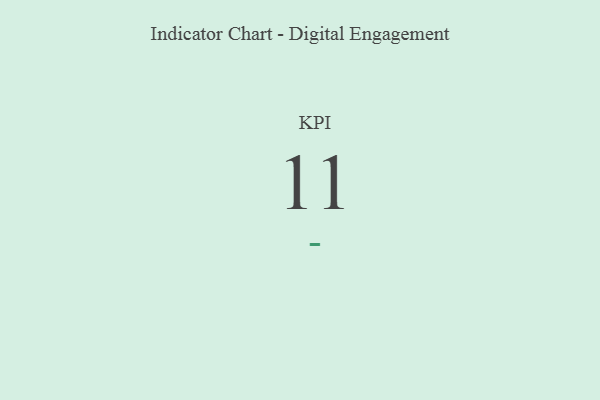
{"axis": {"x": "KPI", "y": "Value"}, "legend": [""], "data": [{"x": "KPI", "y": 11, "type": ""}]}